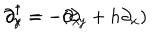
\partial _ { x } ^ { \dagger } = - \partial _ { x } \hspace { 2 c m } \partial _ { y } ^ { \dagger } = - ( \partial _ { y } + h \partial _ { x } )